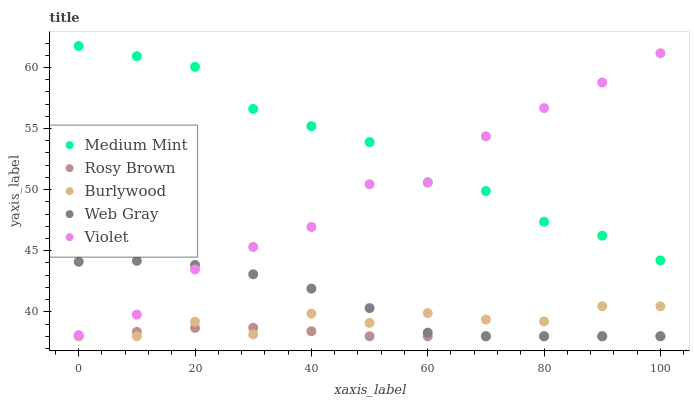
| xaxis_label | Medium Mint | Rosy Brown | Burlywood | Web Gray | Violet |
 | --- | --- | --- | --- | --- | --- |
 | 0 | 61.8 | 38 | 38 | 44.1 | 38.1 |
 | 10 | 60.9 | 38.4 | 38 | 44.2 | 39.8 |
 | 20 | 60.1 | 38.7 | 39.2 | 43.8 | 43.5 |
 | 30 | 56.6 | 38.7 | 38.2 | 43.1 | 45.3 |
 | 40 | 55.2 | 38.4 | 39.9 | 41.9 | 46.9 |
 | 50 | 53.9 | 38 | 39.1 | 40.3 | 50.4 |
 | 60 | 50.6 | 38 | 39.9 | 38.3 | 50.6 |
 | 70 | 49.9 | 38 | 39.4 | 38 | 54.4 |
 | 80 | 47.4 | 38 | 39.2 | 38 | 56.7 |
 | 90 | 46.2 | 38 | 40.5 | 38 | 58.8 |
 | 100 | 44.2 | 38 | 40.5 | 38 | 61.2 |